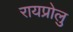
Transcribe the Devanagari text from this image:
रायप्रोलु